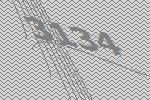
3134